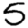
Digit: 5